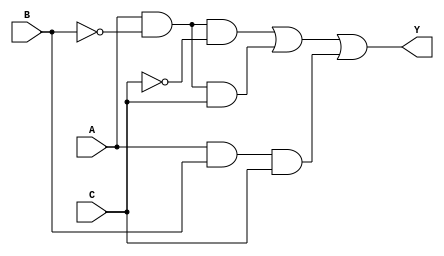
// GATE LEVEL MODEL EJECICIO 5

// ECUACION SOP

module gateLevel1(input wire A, B, C, output wire Y);

  wire notA, notC, notB, w1, w2, w3;

  not (notA, A);
  not (notB, B);
  not (notC, C);
  and (w1, A, notB , notC);
  and (w2, A, notB, C);
  and (w3, A, B, C);
  or  (Y, w1, w2, w3);

endmodule

// ECUACION POS

module gateLevel2(input wire A, B, C, output wire Y);

  wire notA, notC, notB, w1, w2, w3, w4, w5;

  not (notA, A);
  not (notB, B);
  not (notC, C);
  or (w1, A, B , C);
  or (w2, A, B, notC);
  or (w3, A, notB, C);
  or (w4, A, notB, notC);
  or (w5, notA, notB, C);
  and (Y, w1, w2, w3, w4, w5);

endmodule


// ECUACION MINIMIZADA Y = ( AB' + AC )

module gateLevel3(input wire A, B, C, output wire Y);

  wire notA, notC, notB, w1, w2;

  not (notA, A);
  not (notB, B);
  not (notC, C);
  and (w1, A, notB);
  and (w2, A, C);
  or  (Y, w1, w2);

endmodule


// BEHAVIORAL MODELING EJERCICIO 5

// ECUACION SOP

module operadores1(input wire A, B, C, output wire Y);

  assign Y = (A & ~B & ~C) | (A & ~B & C) | (A & B & C);

endmodule

// ECUACION POS

module operadores2(input wire A, B, C, output wire Y);

  assign Y = (A | B | C) & (A | B | ~C) & (A | ~B | C) & (A | ~B | ~C) & (~A | ~B | C);

endmodule


// ECUACION MINIMIZADA Y = ( AB' + AC )

module operadores3(input wire A, B, C, output wire Y);

  assign Y = (A & ~B) | (A & C);

endmodule